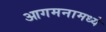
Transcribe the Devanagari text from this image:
आगमनामध्ये